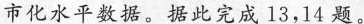
市化水平数据。据此完成13，14题。